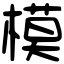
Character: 模